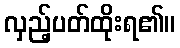
လှည့်ပတ်ထိုးရ၏။